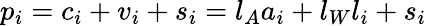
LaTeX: p_{i}=c_{i}+v_{i}+s_{i}=l_{A}a_{i}+l_{W}l_{i}+s_{i}